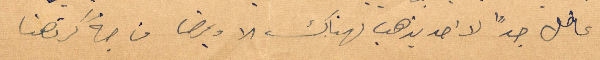
عاطل جدًا لا احد يهذب لهناك ولا يمرض من جهة كرتهنا